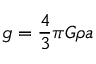
g = \frac { 4 } { 3 } \pi G \rho a